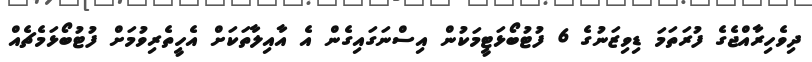
ދިވެހިރާއްޖެގެ ފުރަތަމަ ޑިވިޒަނުގެ 6 ފުޓުބޯޅަޓީމަކުން އިސްނަގައިގެން އެ އާއިލާތަކަށް އެހީތެރިވުމަށް ފުޓުބޯޅަމެޗެއް